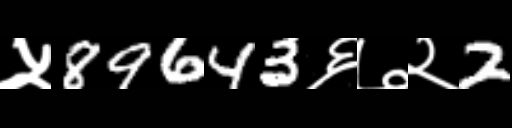
Text: ५89643६७२2